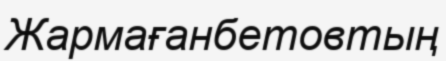
Жармағанбетовтың